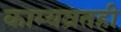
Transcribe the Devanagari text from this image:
काम्यव्रतही